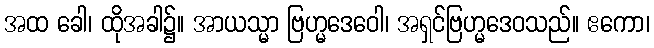
အထ ခေါ၊ ထိုအခါ၌။ အာယသ္မာ ဗြဟ္မဒေဝေါ၊ အရှင်ဗြဟ္မဒေဝသည်။ ဧကော၊